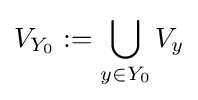
V_{Y_{0}}:=\bigcup _{y\in Y_{0}}V_{y}